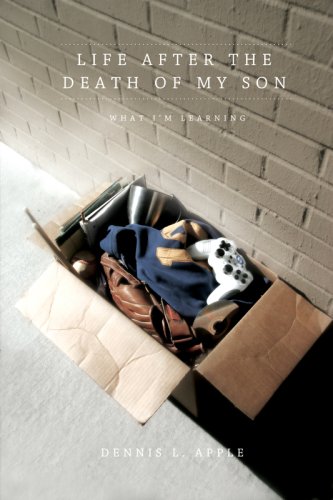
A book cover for Life After the Death of My Son: What I'm Learning; Dennis L. Apple; Christian Books & Bibles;